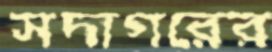
সদাগরের